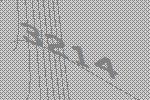
3214